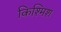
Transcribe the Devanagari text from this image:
किश्मिश